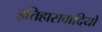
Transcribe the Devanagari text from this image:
इतिहासवादियों